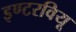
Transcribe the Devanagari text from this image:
इण्टरवियू